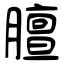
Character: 膻